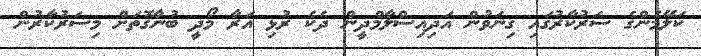
ކަލޭމެންގެ ސަރުކާރުގައި ގިނަވުން އަދިއިސްލާމްދީން ދެކެ ރުޅި އަރާ މޯދީ ބުނާގޮތަށް މިސަރުކާރުން